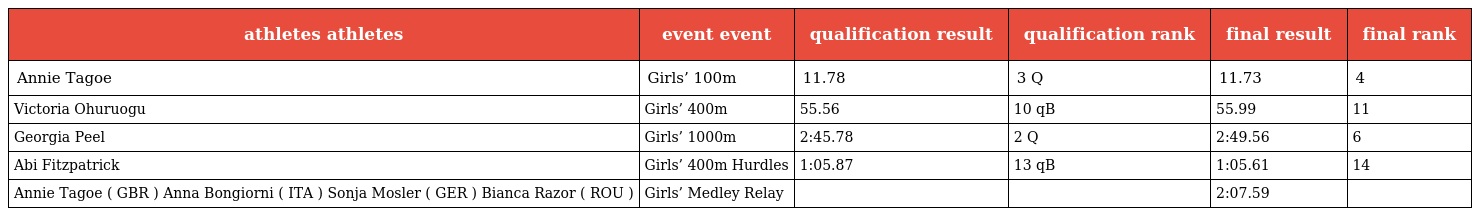
| athletes athletes | event event | qualification result | qualification rank | final result | final rank |
 | --- | --- | --- | --- | --- | --- |
 | Annie Tagoe | Girls’ 100m | 11.78 | 3 Q | 11.73 | 4 |
 | Victoria Ohuruogu | Girls’ 400m | 55.56 | 10 qB | 55.99 | 11 |
 | Georgia Peel | Girls’ 1000m | 2:45.78 | 2 Q | 2:49.56 | 6 |
 | Abi Fitzpatrick | Girls’ 400m Hurdles | 1:05.87 | 13 qB | 1:05.61 | 14 |
 | Annie Tagoe ( GBR ) Anna Bongiorni ( ITA ) Sonja Mosler ( GER ) Bianca Razor ( ROU ) | Girls’ Medley Relay |  |  | 2:07.59 |  |